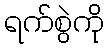
ရက်စွဲကို